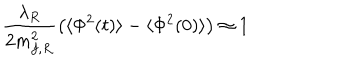
LaTeX: \frac { \lambda _ { R } } { 2 m _ { f , R } ^ { 2 } } \left( \langle \Phi ^ { 2 } ( t ) \rangle - \langle \Phi ^ { 2 } ( 0 ) \rangle \right) \approx 1